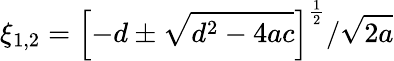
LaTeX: \xi_{1,2}=\left[-d\pm\sqrt{d^{2}-4ac}\right]^{\frac 12}/\sqrt{2a}